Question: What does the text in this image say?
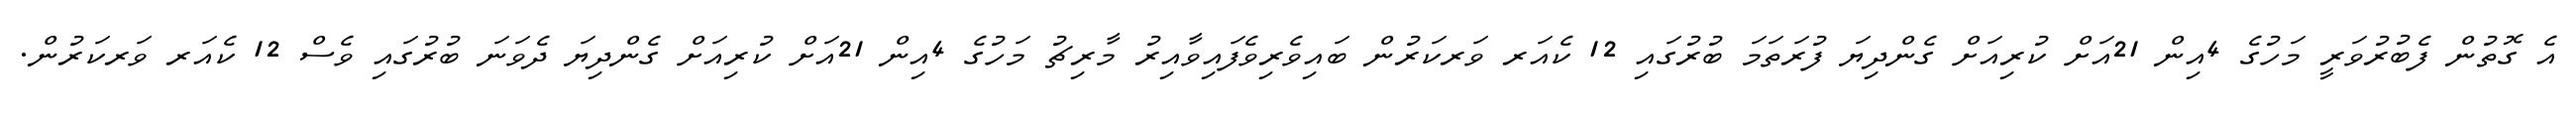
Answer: އެ ގޮތުން ފެބުރުވަރީ މަހުގެ 4އިން 21އަށް ކުރިއަށް ގެންދިޔަ ފުރަތަމަ ބުރުގައި 12 ކެއަރ ވަރކަރުން ބައިވެރިވެފައިވާއިރު މާރިޗު މަހުގެ 4އިން 21އަށް ކުރިއަށް ގެންދިޔަ ދެވަނަ ބުރުގައި ވެސް 12 ކެއަރ ވަރކަރުން.